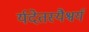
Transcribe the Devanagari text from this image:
र्यदेतस्यैश्वर्यं